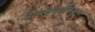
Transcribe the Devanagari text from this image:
प्रत्यक्षदर्शींकडून